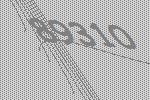
89310